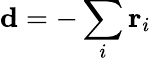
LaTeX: \mathbf d=-\sum_{i}\mathbf r_{i}